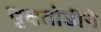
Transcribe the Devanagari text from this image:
वृक्षतोडीने